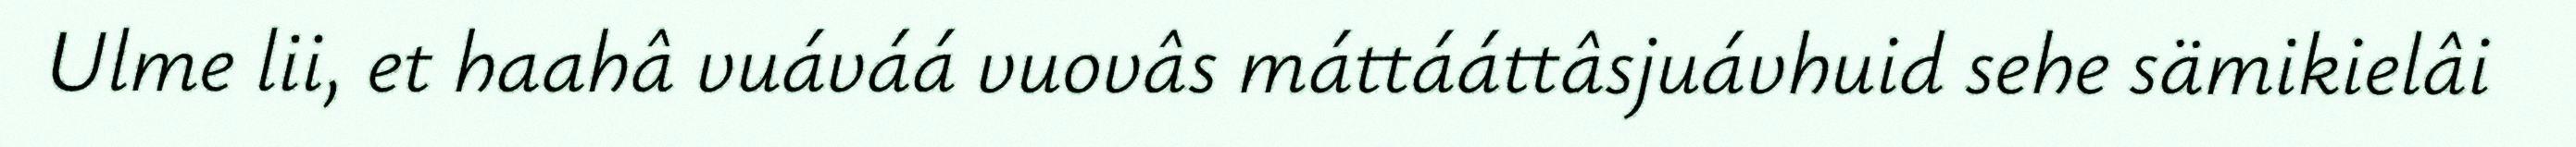
Ulme lii, et haahâ vuáváá vuovâs máttááttâsjuávhuid sehe sämikielâi